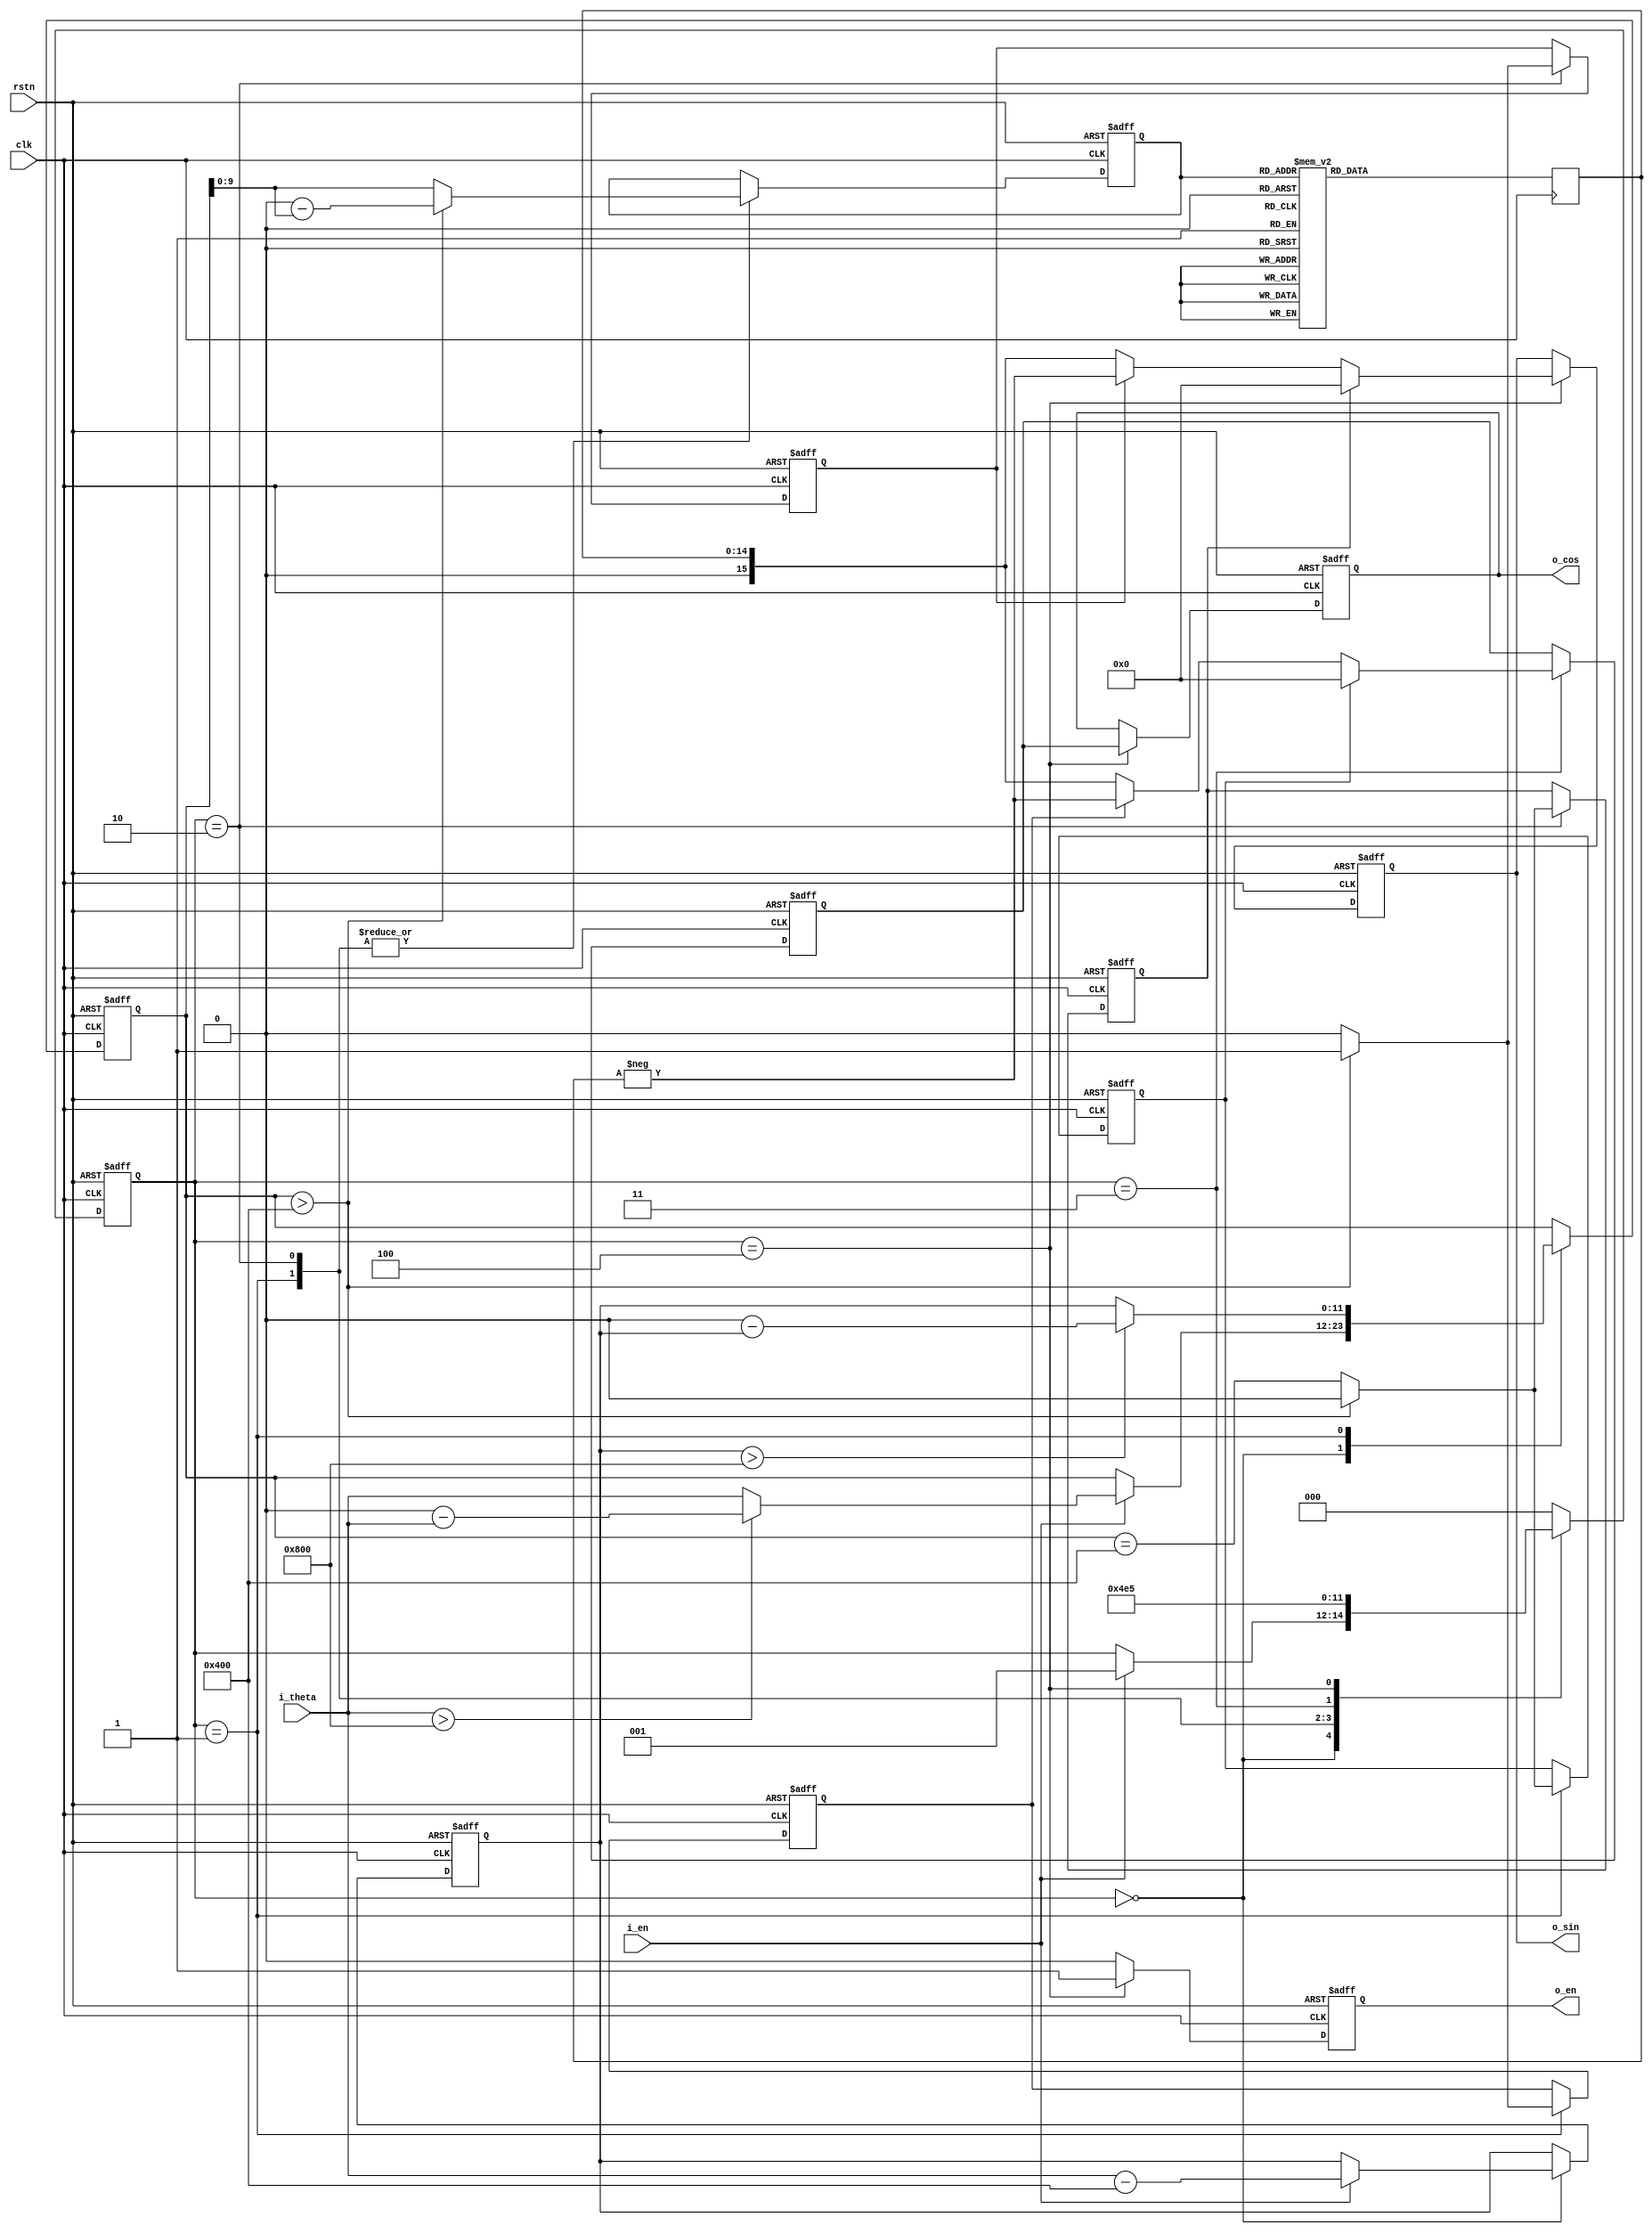
// This program was cloned from: https://github.com/WangXuan95/FPGA-FOC
// License: GNU General Public License v3.0


//--------------------------------------------------------------------------------------------------------
// sincos 
// Type    : synthesizable
// Standard: Verilog 2001 (IEEE1364-2001)
//   sin  cos
//         i_theta 0~0~4095
//         o_sin  o_cos  sin  cos -1~+1  -16384~+16384
//--------------------------------------------------------------------------------------------------------

module sincos(
    input  wire               rstn,
    input  wire               clk,
    input  wire               i_en,
    input  wire        [11:0] i_theta,      // a round is mapped to 0~4095
    output reg                o_en,
    output reg  signed [15:0] o_sin, o_cos  // -1~+1 is mapped to -16384~+16384
);


localparam [2:0] IDLE = 3'd0,
                 S1   = 3'd1,
                 S2   = 3'd2,
                 S3   = 3'd3,
                 S4   = 3'd4,
                 S5   = 3'd5;

reg [ 2:0] stat;

reg [11:0] theta_a, theta_b;
reg        cos_z, cos_s, sin_z, sin_s;
reg [ 9:0] rom_x;
reg [14:0] rom_y;
reg signed [15:0] cos_tmp;

always @ (posedge clk or negedge rstn)
    if(~rstn) begin
        stat <= IDLE;
        {theta_a, theta_b} <= 0;
        {cos_z, cos_s, sin_z, sin_s} <= 0;
        rom_x <= 0;
        cos_tmp <= 0;
        {o_en, o_sin, o_cos} <= 0;
    end else begin
        o_en <= 1'b0;
        case(stat)
            IDLE: if(i_en) begin
                stat <= S1;
                theta_a <= i_theta - 12'd1024;
                if(i_theta>12'd2048)
                    theta_b <= 12'd0 - i_theta;
                else
                    theta_b <= i_theta;
            end
            S1: begin
                stat <= S2;
                if(theta_a>12'd2048)
                    theta_b <= 12'd0 - theta_a;
                else
                    theta_b <= theta_a;
                if(theta_b>12'd1024) begin
                    rom_x <= 10'd0 - theta_b[9:0];
                    cos_z <= 1'b0;
                    cos_s <= 1'b1;
                end else begin
                    rom_x <= theta_b[9:0];
                    cos_z <= theta_b==12'd1024;
                    cos_s <= 1'b0;
                end
            end
            S2: begin
                stat <= S3;
                if(theta_b>12'd1024) begin
                    rom_x <= 10'd0 - theta_b[9:0];
                    sin_z <= 1'b0;
                    sin_s <= 1'b1;
                end else begin
                    rom_x <= theta_b[9:0];
                    sin_z <= theta_b==12'd1024;
                    sin_s <= 1'b0;
                end
            end
            S3: begin
                stat <= S4;
                if(cos_z)
                    cos_tmp <= 0;
                else if(cos_s)
                    cos_tmp <= -$signed({1'b0,rom_y});
                else
                    cos_tmp <=  $signed({1'b0,rom_y});
            end
            S4: begin
                stat <= S5;
                o_en <= 1'b1;
                o_cos <= cos_tmp;
                if(sin_z)
                    o_sin <= 0;
                else if(sin_s)
                    o_sin <= -$signed({1'b0,rom_y});
                else
                    o_sin <= $signed({1'b0,rom_y});
            end
            default: // S5:
                stat <= IDLE;
        endcase
    end

always @ (posedge clk)
case(rom_x)
10'd0:rom_y<=15'd16384;
10'd1:rom_y<=15'd16384;
10'd2:rom_y<=15'd16384;
10'd3:rom_y<=15'd16384;
10'd4:rom_y<=15'd16384;
10'd5:rom_y<=15'd16384;
10'd6:rom_y<=15'd16383;
10'd7:rom_y<=15'd16383;
10'd8:rom_y<=15'd16383;
10'd9:rom_y<=15'd16382;
10'd10:rom_y<=15'd16382;
10'd11:rom_y<=15'd16382;
10'd12:rom_y<=15'd16381;
10'd13:rom_y<=15'd16381;
10'd14:rom_y<=15'd16380;
10'd15:rom_y<=15'd16380;
10'd16:rom_y<=15'd16379;
10'd17:rom_y<=15'd16378;
10'd18:rom_y<=15'd16378;
10'd19:rom_y<=15'd16377;
10'd20:rom_y<=15'd16376;
10'd21:rom_y<=15'd16375;
10'd22:rom_y<=15'd16375;
10'd23:rom_y<=15'd16374;
10'd24:rom_y<=15'd16373;
10'd25:rom_y<=15'd16372;
10'd26:rom_y<=15'd16371;
10'd27:rom_y<=15'd16370;
10'd28:rom_y<=15'd16369;
10'd29:rom_y<=15'd16368;
10'd30:rom_y<=15'd16367;
10'd31:rom_y<=15'd16365;
10'd32:rom_y<=15'd16364;
10'd33:rom_y<=15'd16363;
10'd34:rom_y<=15'd16362;
10'd35:rom_y<=15'd16360;
10'd36:rom_y<=15'd16359;
10'd37:rom_y<=15'd16358;
10'd38:rom_y<=15'd16356;
10'd39:rom_y<=15'd16355;
10'd40:rom_y<=15'd16353;
10'd41:rom_y<=15'd16352;
10'd42:rom_y<=15'd16350;
10'd43:rom_y<=15'd16348;
10'd44:rom_y<=15'd16347;
10'd45:rom_y<=15'd16345;
10'd46:rom_y<=15'd16343;
10'd47:rom_y<=15'd16341;
10'd48:rom_y<=15'd16340;
10'd49:rom_y<=15'd16338;
10'd50:rom_y<=15'd16336;
10'd51:rom_y<=15'd16334;
10'd52:rom_y<=15'd16332;
10'd53:rom_y<=15'd16330;
10'd54:rom_y<=15'd16328;
10'd55:rom_y<=15'd16326;
10'd56:rom_y<=15'd16324;
10'd57:rom_y<=15'd16321;
10'd58:rom_y<=15'd16319;
10'd59:rom_y<=15'd16317;
10'd60:rom_y<=15'd16315;
10'd61:rom_y<=15'd16312;
10'd62:rom_y<=15'd16310;
10'd63:rom_y<=15'd16308;
10'd64:rom_y<=15'd16305;
10'd65:rom_y<=15'd16303;
10'd66:rom_y<=15'd16300;
10'd67:rom_y<=15'd16298;
10'd68:rom_y<=15'd16295;
10'd69:rom_y<=15'd16292;
10'd70:rom_y<=15'd16290;
10'd71:rom_y<=15'd16287;
10'd72:rom_y<=15'd16284;
10'd73:rom_y<=15'd16281;
10'd74:rom_y<=15'd16279;
10'd75:rom_y<=15'd16276;
10'd76:rom_y<=15'd16273;
10'd77:rom_y<=15'd16270;
10'd78:rom_y<=15'd16267;
10'd79:rom_y<=15'd16264;
10'd80:rom_y<=15'd16261;
10'd81:rom_y<=15'd16258;
10'd82:rom_y<=15'd16255;
10'd83:rom_y<=15'd16251;
10'd84:rom_y<=15'd16248;
10'd85:rom_y<=15'd16245;
10'd86:rom_y<=15'd16242;
10'd87:rom_y<=15'd16238;
10'd88:rom_y<=15'd16235;
10'd89:rom_y<=15'd16232;
10'd90:rom_y<=15'd16228;
10'd91:rom_y<=15'd16225;
10'd92:rom_y<=15'd16221;
10'd93:rom_y<=15'd16218;
10'd94:rom_y<=15'd16214;
10'd95:rom_y<=15'd16210;
10'd96:rom_y<=15'd16207;
10'd97:rom_y<=15'd16203;
10'd98:rom_y<=15'd16199;
10'd99:rom_y<=15'd16195;
10'd100:rom_y<=15'd16192;
10'd101:rom_y<=15'd16188;
10'd102:rom_y<=15'd16184;
10'd103:rom_y<=15'd16180;
10'd104:rom_y<=15'd16176;
10'd105:rom_y<=15'd16172;
10'd106:rom_y<=15'd16168;
10'd107:rom_y<=15'd16164;
10'd108:rom_y<=15'd16160;
10'd109:rom_y<=15'd16156;
10'd110:rom_y<=15'd16151;
10'd111:rom_y<=15'd16147;
10'd112:rom_y<=15'd16143;
10'd113:rom_y<=15'd16138;
10'd114:rom_y<=15'd16134;
10'd115:rom_y<=15'd16130;
10'd116:rom_y<=15'd16125;
10'd117:rom_y<=15'd16121;
10'd118:rom_y<=15'd16116;
10'd119:rom_y<=15'd16112;
10'd120:rom_y<=15'd16107;
10'd121:rom_y<=15'd16103;
10'd122:rom_y<=15'd16098;
10'd123:rom_y<=15'd16093;
10'd124:rom_y<=15'd16088;
10'd125:rom_y<=15'd16084;
10'd126:rom_y<=15'd16079;
10'd127:rom_y<=15'd16074;
10'd128:rom_y<=15'd16069;
10'd129:rom_y<=15'd16064;
10'd130:rom_y<=15'd16059;
10'd131:rom_y<=15'd16054;
10'd132:rom_y<=15'd16049;
10'd133:rom_y<=15'd16044;
10'd134:rom_y<=15'd16039;
10'd135:rom_y<=15'd16034;
10'd136:rom_y<=15'd16029;
10'd137:rom_y<=15'd16024;
10'd138:rom_y<=15'd16018;
10'd139:rom_y<=15'd16013;
10'd140:rom_y<=15'd16008;
10'd141:rom_y<=15'd16002;
10'd142:rom_y<=15'd15997;
10'd143:rom_y<=15'd15991;
10'd144:rom_y<=15'd15986;
10'd145:rom_y<=15'd15980;
10'd146:rom_y<=15'd15975;
10'd147:rom_y<=15'd15969;
10'd148:rom_y<=15'd15964;
10'd149:rom_y<=15'd15958;
10'd150:rom_y<=15'd15952;
10'd151:rom_y<=15'd15946;
10'd152:rom_y<=15'd15941;
10'd153:rom_y<=15'd15935;
10'd154:rom_y<=15'd15929;
10'd155:rom_y<=15'd15923;
10'd156:rom_y<=15'd15917;
10'd157:rom_y<=15'd15911;
10'd158:rom_y<=15'd15905;
10'd159:rom_y<=15'd15899;
10'd160:rom_y<=15'd15893;
10'd161:rom_y<=15'd15887;
10'd162:rom_y<=15'd15881;
10'd163:rom_y<=15'd15875;
10'd164:rom_y<=15'd15868;
10'd165:rom_y<=15'd15862;
10'd166:rom_y<=15'd15856;
10'd167:rom_y<=15'd15849;
10'd168:rom_y<=15'd15843;
10'd169:rom_y<=15'd15837;
10'd170:rom_y<=15'd15830;
10'd171:rom_y<=15'd15824;
10'd172:rom_y<=15'd15817;
10'd173:rom_y<=15'd15810;
10'd174:rom_y<=15'd15804;
10'd175:rom_y<=15'd15797;
10'd176:rom_y<=15'd15791;
10'd177:rom_y<=15'd15784;
10'd178:rom_y<=15'd15777;
10'd179:rom_y<=15'd15770;
10'd180:rom_y<=15'd15763;
10'd181:rom_y<=15'd15757;
10'd182:rom_y<=15'd15750;
10'd183:rom_y<=15'd15743;
10'd184:rom_y<=15'd15736;
10'd185:rom_y<=15'd15729;
10'd186:rom_y<=15'd15722;
10'd187:rom_y<=15'd15715;
10'd188:rom_y<=15'd15707;
10'd189:rom_y<=15'd15700;
10'd190:rom_y<=15'd15693;
10'd191:rom_y<=15'd15686;
10'd192:rom_y<=15'd15679;
10'd193:rom_y<=15'd15671;
10'd194:rom_y<=15'd15664;
10'd195:rom_y<=15'd15656;
10'd196:rom_y<=15'd15649;
10'd197:rom_y<=15'd15642;
10'd198:rom_y<=15'd15634;
10'd199:rom_y<=15'd15627;
10'd200:rom_y<=15'd15619;
10'd201:rom_y<=15'd15611;
10'd202:rom_y<=15'd15604;
10'd203:rom_y<=15'd15596;
10'd204:rom_y<=15'd15588;
10'd205:rom_y<=15'd15581;
10'd206:rom_y<=15'd15573;
10'd207:rom_y<=15'd15565;
10'd208:rom_y<=15'd15557;
10'd209:rom_y<=15'd15549;
10'd210:rom_y<=15'd15541;
10'd211:rom_y<=15'd15533;
10'd212:rom_y<=15'd15525;
10'd213:rom_y<=15'd15517;
10'd214:rom_y<=15'd15509;
10'd215:rom_y<=15'd15501;
10'd216:rom_y<=15'd15493;
10'd217:rom_y<=15'd15485;
10'd218:rom_y<=15'd15476;
10'd219:rom_y<=15'd15468;
10'd220:rom_y<=15'd15460;
10'd221:rom_y<=15'd15451;
10'd222:rom_y<=15'd15443;
10'd223:rom_y<=15'd15435;
10'd224:rom_y<=15'd15426;
10'd225:rom_y<=15'd15418;
10'd226:rom_y<=15'd15409;
10'd227:rom_y<=15'd15401;
10'd228:rom_y<=15'd15392;
10'd229:rom_y<=15'd15383;
10'd230:rom_y<=15'd15375;
10'd231:rom_y<=15'd15366;
10'd232:rom_y<=15'd15357;
10'd233:rom_y<=15'd15349;
10'd234:rom_y<=15'd15340;
10'd235:rom_y<=15'd15331;
10'd236:rom_y<=15'd15322;
10'd237:rom_y<=15'd15313;
10'd238:rom_y<=15'd15304;
10'd239:rom_y<=15'd15295;
10'd240:rom_y<=15'd15286;
10'd241:rom_y<=15'd15277;
10'd242:rom_y<=15'd15268;
10'd243:rom_y<=15'd15259;
10'd244:rom_y<=15'd15250;
10'd245:rom_y<=15'd15240;
10'd246:rom_y<=15'd15231;
10'd247:rom_y<=15'd15222;
10'd248:rom_y<=15'd15213;
10'd249:rom_y<=15'd15203;
10'd250:rom_y<=15'd15194;
10'd251:rom_y<=15'd15184;
10'd252:rom_y<=15'd15175;
10'd253:rom_y<=15'd15166;
10'd254:rom_y<=15'd15156;
10'd255:rom_y<=15'd15146;
10'd256:rom_y<=15'd15137;
10'd257:rom_y<=15'd15127;
10'd258:rom_y<=15'd15118;
10'd259:rom_y<=15'd15108;
10'd260:rom_y<=15'd15098;
10'd261:rom_y<=15'd15088;
10'd262:rom_y<=15'd15078;
10'd263:rom_y<=15'd15069;
10'd264:rom_y<=15'd15059;
10'd265:rom_y<=15'd15049;
10'd266:rom_y<=15'd15039;
10'd267:rom_y<=15'd15029;
10'd268:rom_y<=15'd15019;
10'd269:rom_y<=15'd15009;
10'd270:rom_y<=15'd14999;
10'd271:rom_y<=15'd14989;
10'd272:rom_y<=15'd14978;
10'd273:rom_y<=15'd14968;
10'd274:rom_y<=15'd14958;
10'd275:rom_y<=15'd14948;
10'd276:rom_y<=15'd14937;
10'd277:rom_y<=15'd14927;
10'd278:rom_y<=15'd14917;
10'd279:rom_y<=15'd14906;
10'd280:rom_y<=15'd14896;
10'd281:rom_y<=15'd14885;
10'd282:rom_y<=15'd14875;
10'd283:rom_y<=15'd14864;
10'd284:rom_y<=15'd14854;
10'd285:rom_y<=15'd14843;
10'd286:rom_y<=15'd14832;
10'd287:rom_y<=15'd14822;
10'd288:rom_y<=15'd14811;
10'd289:rom_y<=15'd14800;
10'd290:rom_y<=15'd14789;
10'd291:rom_y<=15'd14779;
10'd292:rom_y<=15'd14768;
10'd293:rom_y<=15'd14757;
10'd294:rom_y<=15'd14746;
10'd295:rom_y<=15'd14735;
10'd296:rom_y<=15'd14724;
10'd297:rom_y<=15'd14713;
10'd298:rom_y<=15'd14702;
10'd299:rom_y<=15'd14691;
10'd300:rom_y<=15'd14680;
10'd301:rom_y<=15'd14668;
10'd302:rom_y<=15'd14657;
10'd303:rom_y<=15'd14646;
10'd304:rom_y<=15'd14635;
10'd305:rom_y<=15'd14623;
10'd306:rom_y<=15'd14612;
10'd307:rom_y<=15'd14601;
10'd308:rom_y<=15'd14589;
10'd309:rom_y<=15'd14578;
10'd310:rom_y<=15'd14566;
10'd311:rom_y<=15'd14555;
10'd312:rom_y<=15'd14543;
10'd313:rom_y<=15'd14531;
10'd314:rom_y<=15'd14520;
10'd315:rom_y<=15'd14508;
10'd316:rom_y<=15'd14497;
10'd317:rom_y<=15'd14485;
10'd318:rom_y<=15'd14473;
10'd319:rom_y<=15'd14461;
10'd320:rom_y<=15'd14449;
10'd321:rom_y<=15'd14438;
10'd322:rom_y<=15'd14426;
10'd323:rom_y<=15'd14414;
10'd324:rom_y<=15'd14402;
10'd325:rom_y<=15'd14390;
10'd326:rom_y<=15'd14378;
10'd327:rom_y<=15'd14366;
10'd328:rom_y<=15'd14354;
10'd329:rom_y<=15'd14341;
10'd330:rom_y<=15'd14329;
10'd331:rom_y<=15'd14317;
10'd332:rom_y<=15'd14305;
10'd333:rom_y<=15'd14293;
10'd334:rom_y<=15'd14280;
10'd335:rom_y<=15'd14268;
10'd336:rom_y<=15'd14256;
10'd337:rom_y<=15'd14243;
10'd338:rom_y<=15'd14231;
10'd339:rom_y<=15'd14218;
10'd340:rom_y<=15'd14206;
10'd341:rom_y<=15'd14193;
10'd342:rom_y<=15'd14181;
10'd343:rom_y<=15'd14168;
10'd344:rom_y<=15'd14155;
10'd345:rom_y<=15'd14143;
10'd346:rom_y<=15'd14130;
10'd347:rom_y<=15'd14117;
10'd348:rom_y<=15'd14104;
10'd349:rom_y<=15'd14092;
10'd350:rom_y<=15'd14079;
10'd351:rom_y<=15'd14066;
10'd352:rom_y<=15'd14053;
10'd353:rom_y<=15'd14040;
10'd354:rom_y<=15'd14027;
10'd355:rom_y<=15'd14014;
10'd356:rom_y<=15'd14001;
10'd357:rom_y<=15'd13988;
10'd358:rom_y<=15'd13975;
10'd359:rom_y<=15'd13962;
10'd360:rom_y<=15'd13949;
10'd361:rom_y<=15'd13935;
10'd362:rom_y<=15'd13922;
10'd363:rom_y<=15'd13909;
10'd364:rom_y<=15'd13896;
10'd365:rom_y<=15'd13882;
10'd366:rom_y<=15'd13869;
10'd367:rom_y<=15'd13856;
10'd368:rom_y<=15'd13842;
10'd369:rom_y<=15'd13829;
10'd370:rom_y<=15'd13815;
10'd371:rom_y<=15'd13802;
10'd372:rom_y<=15'd13788;
10'd373:rom_y<=15'd13774;
10'd374:rom_y<=15'd13761;
10'd375:rom_y<=15'd13747;
10'd376:rom_y<=15'd13733;
10'd377:rom_y<=15'd13720;
10'd378:rom_y<=15'd13706;
10'd379:rom_y<=15'd13692;
10'd380:rom_y<=15'd13678;
10'd381:rom_y<=15'd13665;
10'd382:rom_y<=15'd13651;
10'd383:rom_y<=15'd13637;
10'd384:rom_y<=15'd13623;
10'd385:rom_y<=15'd13609;
10'd386:rom_y<=15'd13595;
10'd387:rom_y<=15'd13581;
10'd388:rom_y<=15'd13567;
10'd389:rom_y<=15'd13553;
10'd390:rom_y<=15'd13538;
10'd391:rom_y<=15'd13524;
10'd392:rom_y<=15'd13510;
10'd393:rom_y<=15'd13496;
10'd394:rom_y<=15'd13482;
10'd395:rom_y<=15'd13467;
10'd396:rom_y<=15'd13453;
10'd397:rom_y<=15'd13439;
10'd398:rom_y<=15'd13424;
10'd399:rom_y<=15'd13410;
10'd400:rom_y<=15'd13395;
10'd401:rom_y<=15'd13381;
10'd402:rom_y<=15'd13366;
10'd403:rom_y<=15'd13352;
10'd404:rom_y<=15'd13337;
10'd405:rom_y<=15'd13323;
10'd406:rom_y<=15'd13308;
10'd407:rom_y<=15'd13293;
10'd408:rom_y<=15'd13279;
10'd409:rom_y<=15'd13264;
10'd410:rom_y<=15'd13249;
10'd411:rom_y<=15'd13234;
10'd412:rom_y<=15'd13219;
10'd413:rom_y<=15'd13205;
10'd414:rom_y<=15'd13190;
10'd415:rom_y<=15'd13175;
10'd416:rom_y<=15'd13160;
10'd417:rom_y<=15'd13145;
10'd418:rom_y<=15'd13130;
10'd419:rom_y<=15'd13115;
10'd420:rom_y<=15'd13100;
10'd421:rom_y<=15'd13085;
10'd422:rom_y<=15'd13069;
10'd423:rom_y<=15'd13054;
10'd424:rom_y<=15'd13039;
10'd425:rom_y<=15'd13024;
10'd426:rom_y<=15'd13008;
10'd427:rom_y<=15'd12993;
10'd428:rom_y<=15'd12978;
10'd429:rom_y<=15'd12963;
10'd430:rom_y<=15'd12947;
10'd431:rom_y<=15'd12932;
10'd432:rom_y<=15'd12916;
10'd433:rom_y<=15'd12901;
10'd434:rom_y<=15'd12885;
10'd435:rom_y<=15'd12870;
10'd436:rom_y<=15'd12854;
10'd437:rom_y<=15'd12839;
10'd438:rom_y<=15'd12823;
10'd439:rom_y<=15'd12807;
10'd440:rom_y<=15'd12792;
10'd441:rom_y<=15'd12776;
10'd442:rom_y<=15'd12760;
10'd443:rom_y<=15'd12744;
10'd444:rom_y<=15'd12729;
10'd445:rom_y<=15'd12713;
10'd446:rom_y<=15'd12697;
10'd447:rom_y<=15'd12681;
10'd448:rom_y<=15'd12665;
10'd449:rom_y<=15'd12649;
10'd450:rom_y<=15'd12633;
10'd451:rom_y<=15'd12617;
10'd452:rom_y<=15'd12601;
10'd453:rom_y<=15'd12585;
10'd454:rom_y<=15'd12569;
10'd455:rom_y<=15'd12553;
10'd456:rom_y<=15'd12537;
10'd457:rom_y<=15'd12520;
10'd458:rom_y<=15'd12504;
10'd459:rom_y<=15'd12488;
10'd460:rom_y<=15'd12472;
10'd461:rom_y<=15'd12455;
10'd462:rom_y<=15'd12439;
10'd463:rom_y<=15'd12423;
10'd464:rom_y<=15'd12406;
10'd465:rom_y<=15'd12390;
10'd466:rom_y<=15'd12373;
10'd467:rom_y<=15'd12357;
10'd468:rom_y<=15'd12340;
10'd469:rom_y<=15'd12324;
10'd470:rom_y<=15'd12307;
10'd471:rom_y<=15'd12290;
10'd472:rom_y<=15'd12274;
10'd473:rom_y<=15'd12257;
10'd474:rom_y<=15'd12240;
10'd475:rom_y<=15'd12224;
10'd476:rom_y<=15'd12207;
10'd477:rom_y<=15'd12190;
10'd478:rom_y<=15'd12173;
10'd479:rom_y<=15'd12157;
10'd480:rom_y<=15'd12140;
10'd481:rom_y<=15'd12123;
10'd482:rom_y<=15'd12106;
10'd483:rom_y<=15'd12089;
10'd484:rom_y<=15'd12072;
10'd485:rom_y<=15'd12055;
10'd486:rom_y<=15'd12038;
10'd487:rom_y<=15'd12021;
10'd488:rom_y<=15'd12004;
10'd489:rom_y<=15'd11987;
10'd490:rom_y<=15'd11970;
10'd491:rom_y<=15'd11952;
10'd492:rom_y<=15'd11935;
10'd493:rom_y<=15'd11918;
10'd494:rom_y<=15'd11901;
10'd495:rom_y<=15'd11883;
10'd496:rom_y<=15'd11866;
10'd497:rom_y<=15'd11849;
10'd498:rom_y<=15'd11831;
10'd499:rom_y<=15'd11814;
10'd500:rom_y<=15'd11797;
10'd501:rom_y<=15'd11779;
10'd502:rom_y<=15'd11762;
10'd503:rom_y<=15'd11744;
10'd504:rom_y<=15'd11727;
10'd505:rom_y<=15'd11709;
10'd506:rom_y<=15'd11691;
10'd507:rom_y<=15'd11674;
10'd508:rom_y<=15'd11656;
10'd509:rom_y<=15'd11638;
10'd510:rom_y<=15'd11621;
10'd511:rom_y<=15'd11603;
10'd512:rom_y<=15'd11585;
10'd513:rom_y<=15'd11567;
10'd514:rom_y<=15'd11550;
10'd515:rom_y<=15'd11532;
10'd516:rom_y<=15'd11514;
10'd517:rom_y<=15'd11496;
10'd518:rom_y<=15'd11478;
10'd519:rom_y<=15'd11460;
10'd520:rom_y<=15'd11442;
10'd521:rom_y<=15'd11424;
10'd522:rom_y<=15'd11406;
10'd523:rom_y<=15'd11388;
10'd524:rom_y<=15'd11370;
10'd525:rom_y<=15'd11352;
10'd526:rom_y<=15'd11334;
10'd527:rom_y<=15'd11316;
10'd528:rom_y<=15'd11297;
10'd529:rom_y<=15'd11279;
10'd530:rom_y<=15'd11261;
10'd531:rom_y<=15'd11243;
10'd532:rom_y<=15'd11224;
10'd533:rom_y<=15'd11206;
10'd534:rom_y<=15'd11188;
10'd535:rom_y<=15'd11169;
10'd536:rom_y<=15'd11151;
10'd537:rom_y<=15'd11133;
10'd538:rom_y<=15'd11114;
10'd539:rom_y<=15'd11096;
10'd540:rom_y<=15'd11077;
10'd541:rom_y<=15'd11059;
10'd542:rom_y<=15'd11040;
10'd543:rom_y<=15'd11021;
10'd544:rom_y<=15'd11003;
10'd545:rom_y<=15'd10984;
10'd546:rom_y<=15'd10966;
10'd547:rom_y<=15'd10947;
10'd548:rom_y<=15'd10928;
10'd549:rom_y<=15'd10909;
10'd550:rom_y<=15'd10891;
10'd551:rom_y<=15'd10872;
10'd552:rom_y<=15'd10853;
10'd553:rom_y<=15'd10834;
10'd554:rom_y<=15'd10815;
10'd555:rom_y<=15'd10796;
10'd556:rom_y<=15'd10778;
10'd557:rom_y<=15'd10759;
10'd558:rom_y<=15'd10740;
10'd559:rom_y<=15'd10721;
10'd560:rom_y<=15'd10702;
10'd561:rom_y<=15'd10683;
10'd562:rom_y<=15'd10663;
10'd563:rom_y<=15'd10644;
10'd564:rom_y<=15'd10625;
10'd565:rom_y<=15'd10606;
10'd566:rom_y<=15'd10587;
10'd567:rom_y<=15'd10568;
10'd568:rom_y<=15'd10549;
10'd569:rom_y<=15'd10529;
10'd570:rom_y<=15'd10510;
10'd571:rom_y<=15'd10491;
10'd572:rom_y<=15'd10471;
10'd573:rom_y<=15'd10452;
10'd574:rom_y<=15'd10433;
10'd575:rom_y<=15'd10413;
10'd576:rom_y<=15'd10394;
10'd577:rom_y<=15'd10374;
10'd578:rom_y<=15'd10355;
10'd579:rom_y<=15'd10336;
10'd580:rom_y<=15'd10316;
10'd581:rom_y<=15'd10296;
10'd582:rom_y<=15'd10277;
10'd583:rom_y<=15'd10257;
10'd584:rom_y<=15'd10238;
10'd585:rom_y<=15'd10218;
10'd586:rom_y<=15'd10198;
10'd587:rom_y<=15'd10179;
10'd588:rom_y<=15'd10159;
10'd589:rom_y<=15'd10139;
10'd590:rom_y<=15'd10120;
10'd591:rom_y<=15'd10100;
10'd592:rom_y<=15'd10080;
10'd593:rom_y<=15'd10060;
10'd594:rom_y<=15'd10040;
10'd595:rom_y<=15'd10020;
10'd596:rom_y<=15'd10001;
10'd597:rom_y<=15'd9981;
10'd598:rom_y<=15'd9961;
10'd599:rom_y<=15'd9941;
10'd600:rom_y<=15'd9921;
10'd601:rom_y<=15'd9901;
10'd602:rom_y<=15'd9881;
10'd603:rom_y<=15'd9861;
10'd604:rom_y<=15'd9841;
10'd605:rom_y<=15'd9820;
10'd606:rom_y<=15'd9800;
10'd607:rom_y<=15'd9780;
10'd608:rom_y<=15'd9760;
10'd609:rom_y<=15'd9740;
10'd610:rom_y<=15'd9720;
10'd611:rom_y<=15'd9699;
10'd612:rom_y<=15'd9679;
10'd613:rom_y<=15'd9659;
10'd614:rom_y<=15'd9638;
10'd615:rom_y<=15'd9618;
10'd616:rom_y<=15'd9598;
10'd617:rom_y<=15'd9577;
10'd618:rom_y<=15'd9557;
10'd619:rom_y<=15'd9537;
10'd620:rom_y<=15'd9516;
10'd621:rom_y<=15'd9496;
10'd622:rom_y<=15'd9475;
10'd623:rom_y<=15'd9455;
10'd624:rom_y<=15'd9434;
10'd625:rom_y<=15'd9413;
10'd626:rom_y<=15'd9393;
10'd627:rom_y<=15'd9372;
10'd628:rom_y<=15'd9352;
10'd629:rom_y<=15'd9331;
10'd630:rom_y<=15'd9310;
10'd631:rom_y<=15'd9290;
10'd632:rom_y<=15'd9269;
10'd633:rom_y<=15'd9248;
10'd634:rom_y<=15'd9227;
10'd635:rom_y<=15'd9207;
10'd636:rom_y<=15'd9186;
10'd637:rom_y<=15'd9165;
10'd638:rom_y<=15'd9144;
10'd639:rom_y<=15'd9123;
10'd640:rom_y<=15'd9102;
10'd641:rom_y<=15'd9082;
10'd642:rom_y<=15'd9061;
10'd643:rom_y<=15'd9040;
10'd644:rom_y<=15'd9019;
10'd645:rom_y<=15'd8998;
10'd646:rom_y<=15'd8977;
10'd647:rom_y<=15'd8956;
10'd648:rom_y<=15'd8935;
10'd649:rom_y<=15'd8914;
10'd650:rom_y<=15'd8892;
10'd651:rom_y<=15'd8871;
10'd652:rom_y<=15'd8850;
10'd653:rom_y<=15'd8829;
10'd654:rom_y<=15'd8808;
10'd655:rom_y<=15'd8787;
10'd656:rom_y<=15'd8765;
10'd657:rom_y<=15'd8744;
10'd658:rom_y<=15'd8723;
10'd659:rom_y<=15'd8702;
10'd660:rom_y<=15'd8680;
10'd661:rom_y<=15'd8659;
10'd662:rom_y<=15'd8638;
10'd663:rom_y<=15'd8616;
10'd664:rom_y<=15'd8595;
10'd665:rom_y<=15'd8573;
10'd666:rom_y<=15'd8552;
10'd667:rom_y<=15'd8531;
10'd668:rom_y<=15'd8509;
10'd669:rom_y<=15'd8488;
10'd670:rom_y<=15'd8466;
10'd671:rom_y<=15'd8445;
10'd672:rom_y<=15'd8423;
10'd673:rom_y<=15'd8401;
10'd674:rom_y<=15'd8380;
10'd675:rom_y<=15'd8358;
10'd676:rom_y<=15'd8337;
10'd677:rom_y<=15'd8315;
10'd678:rom_y<=15'd8293;
10'd679:rom_y<=15'd8272;
10'd680:rom_y<=15'd8250;
10'd681:rom_y<=15'd8228;
10'd682:rom_y<=15'd8207;
10'd683:rom_y<=15'd8185;
10'd684:rom_y<=15'd8163;
10'd685:rom_y<=15'd8141;
10'd686:rom_y<=15'd8119;
10'd687:rom_y<=15'd8098;
10'd688:rom_y<=15'd8076;
10'd689:rom_y<=15'd8054;
10'd690:rom_y<=15'd8032;
10'd691:rom_y<=15'd8010;
10'd692:rom_y<=15'd7988;
10'd693:rom_y<=15'd7966;
10'd694:rom_y<=15'd7944;
10'd695:rom_y<=15'd7922;
10'd696:rom_y<=15'd7900;
10'd697:rom_y<=15'd7878;
10'd698:rom_y<=15'd7856;
10'd699:rom_y<=15'd7834;
10'd700:rom_y<=15'd7812;
10'd701:rom_y<=15'd7790;
10'd702:rom_y<=15'd7768;
10'd703:rom_y<=15'd7746;
10'd704:rom_y<=15'd7723;
10'd705:rom_y<=15'd7701;
10'd706:rom_y<=15'd7679;
10'd707:rom_y<=15'd7657;
10'd708:rom_y<=15'd7635;
10'd709:rom_y<=15'd7612;
10'd710:rom_y<=15'd7590;
10'd711:rom_y<=15'd7568;
10'd712:rom_y<=15'd7545;
10'd713:rom_y<=15'd7523;
10'd714:rom_y<=15'd7501;
10'd715:rom_y<=15'd7478;
10'd716:rom_y<=15'd7456;
10'd717:rom_y<=15'd7434;
10'd718:rom_y<=15'd7411;
10'd719:rom_y<=15'd7389;
10'd720:rom_y<=15'd7366;
10'd721:rom_y<=15'd7344;
10'd722:rom_y<=15'd7321;
10'd723:rom_y<=15'd7299;
10'd724:rom_y<=15'd7276;
10'd725:rom_y<=15'd7254;
10'd726:rom_y<=15'd7231;
10'd727:rom_y<=15'd7209;
10'd728:rom_y<=15'd7186;
10'd729:rom_y<=15'd7164;
10'd730:rom_y<=15'd7141;
10'd731:rom_y<=15'd7118;
10'd732:rom_y<=15'd7096;
10'd733:rom_y<=15'd7073;
10'd734:rom_y<=15'd7050;
10'd735:rom_y<=15'd7028;
10'd736:rom_y<=15'd7005;
10'd737:rom_y<=15'd6982;
10'd738:rom_y<=15'd6960;
10'd739:rom_y<=15'd6937;
10'd740:rom_y<=15'd6914;
10'd741:rom_y<=15'd6891;
10'd742:rom_y<=15'd6868;
10'd743:rom_y<=15'd6846;
10'd744:rom_y<=15'd6823;
10'd745:rom_y<=15'd6800;
10'd746:rom_y<=15'd6777;
10'd747:rom_y<=15'd6754;
10'd748:rom_y<=15'd6731;
10'd749:rom_y<=15'd6708;
10'd750:rom_y<=15'd6685;
10'd751:rom_y<=15'd6662;
10'd752:rom_y<=15'd6639;
10'd753:rom_y<=15'd6616;
10'd754:rom_y<=15'd6593;
10'd755:rom_y<=15'd6570;
10'd756:rom_y<=15'd6547;
10'd757:rom_y<=15'd6524;
10'd758:rom_y<=15'd6501;
10'd759:rom_y<=15'd6478;
10'd760:rom_y<=15'd6455;
10'd761:rom_y<=15'd6432;
10'd762:rom_y<=15'd6409;
10'd763:rom_y<=15'd6386;
10'd764:rom_y<=15'd6363;
10'd765:rom_y<=15'd6339;
10'd766:rom_y<=15'd6316;
10'd767:rom_y<=15'd6293;
10'd768:rom_y<=15'd6270;
10'd769:rom_y<=15'd6247;
10'd770:rom_y<=15'd6223;
10'd771:rom_y<=15'd6200;
10'd772:rom_y<=15'd6177;
10'd773:rom_y<=15'd6154;
10'd774:rom_y<=15'd6130;
10'd775:rom_y<=15'd6107;
10'd776:rom_y<=15'd6084;
10'd777:rom_y<=15'd6060;
10'd778:rom_y<=15'd6037;
10'd779:rom_y<=15'd6014;
10'd780:rom_y<=15'd5990;
10'd781:rom_y<=15'd5967;
10'd782:rom_y<=15'd5943;
10'd783:rom_y<=15'd5920;
10'd784:rom_y<=15'd5897;
10'd785:rom_y<=15'd5873;
10'd786:rom_y<=15'd5850;
10'd787:rom_y<=15'd5826;
10'd788:rom_y<=15'd5803;
10'd789:rom_y<=15'd5779;
10'd790:rom_y<=15'd5756;
10'd791:rom_y<=15'd5732;
10'd792:rom_y<=15'd5708;
10'd793:rom_y<=15'd5685;
10'd794:rom_y<=15'd5661;
10'd795:rom_y<=15'd5638;
10'd796:rom_y<=15'd5614;
10'd797:rom_y<=15'd5591;
10'd798:rom_y<=15'd5567;
10'd799:rom_y<=15'd5543;
10'd800:rom_y<=15'd5520;
10'd801:rom_y<=15'd5496;
10'd802:rom_y<=15'd5472;
10'd803:rom_y<=15'd5449;
10'd804:rom_y<=15'd5425;
10'd805:rom_y<=15'd5401;
10'd806:rom_y<=15'd5377;
10'd807:rom_y<=15'd5354;
10'd808:rom_y<=15'd5330;
10'd809:rom_y<=15'd5306;
10'd810:rom_y<=15'd5282;
10'd811:rom_y<=15'd5259;
10'd812:rom_y<=15'd5235;
10'd813:rom_y<=15'd5211;
10'd814:rom_y<=15'd5187;
10'd815:rom_y<=15'd5163;
10'd816:rom_y<=15'd5139;
10'd817:rom_y<=15'd5115;
10'd818:rom_y<=15'd5092;
10'd819:rom_y<=15'd5068;
10'd820:rom_y<=15'd5044;
10'd821:rom_y<=15'd5020;
10'd822:rom_y<=15'd4996;
10'd823:rom_y<=15'd4972;
10'd824:rom_y<=15'd4948;
10'd825:rom_y<=15'd4924;
10'd826:rom_y<=15'd4900;
10'd827:rom_y<=15'd4876;
10'd828:rom_y<=15'd4852;
10'd829:rom_y<=15'd4828;
10'd830:rom_y<=15'd4804;
10'd831:rom_y<=15'd4780;
10'd832:rom_y<=15'd4756;
10'd833:rom_y<=15'd4732;
10'd834:rom_y<=15'd4708;
10'd835:rom_y<=15'd4684;
10'd836:rom_y<=15'd4660;
10'd837:rom_y<=15'd4636;
10'd838:rom_y<=15'd4612;
10'd839:rom_y<=15'd4587;
10'd840:rom_y<=15'd4563;
10'd841:rom_y<=15'd4539;
10'd842:rom_y<=15'd4515;
10'd843:rom_y<=15'd4491;
10'd844:rom_y<=15'd4467;
10'd845:rom_y<=15'd4442;
10'd846:rom_y<=15'd4418;
10'd847:rom_y<=15'd4394;
10'd848:rom_y<=15'd4370;
10'd849:rom_y<=15'd4346;
10'd850:rom_y<=15'd4321;
10'd851:rom_y<=15'd4297;
10'd852:rom_y<=15'd4273;
10'd853:rom_y<=15'd4249;
10'd854:rom_y<=15'd4224;
10'd855:rom_y<=15'd4200;
10'd856:rom_y<=15'd4176;
10'd857:rom_y<=15'd4151;
10'd858:rom_y<=15'd4127;
10'd859:rom_y<=15'd4103;
10'd860:rom_y<=15'd4078;
10'd861:rom_y<=15'd4054;
10'd862:rom_y<=15'd4030;
10'd863:rom_y<=15'd4005;
10'd864:rom_y<=15'd3981;
10'd865:rom_y<=15'd3957;
10'd866:rom_y<=15'd3932;
10'd867:rom_y<=15'd3908;
10'd868:rom_y<=15'd3883;
10'd869:rom_y<=15'd3859;
10'd870:rom_y<=15'd3835;
10'd871:rom_y<=15'd3810;
10'd872:rom_y<=15'd3786;
10'd873:rom_y<=15'd3761;
10'd874:rom_y<=15'd3737;
10'd875:rom_y<=15'd3712;
10'd876:rom_y<=15'd3688;
10'd877:rom_y<=15'd3663;
10'd878:rom_y<=15'd3639;
10'd879:rom_y<=15'd3614;
10'd880:rom_y<=15'd3590;
10'd881:rom_y<=15'd3565;
10'd882:rom_y<=15'd3541;
10'd883:rom_y<=15'd3516;
10'd884:rom_y<=15'd3492;
10'd885:rom_y<=15'd3467;
10'd886:rom_y<=15'd3442;
10'd887:rom_y<=15'd3418;
10'd888:rom_y<=15'd3393;
10'd889:rom_y<=15'd3369;
10'd890:rom_y<=15'd3344;
10'd891:rom_y<=15'd3320;
10'd892:rom_y<=15'd3295;
10'd893:rom_y<=15'd3270;
10'd894:rom_y<=15'd3246;
10'd895:rom_y<=15'd3221;
10'd896:rom_y<=15'd3196;
10'd897:rom_y<=15'd3172;
10'd898:rom_y<=15'd3147;
10'd899:rom_y<=15'd3122;
10'd900:rom_y<=15'd3098;
10'd901:rom_y<=15'd3073;
10'd902:rom_y<=15'd3048;
10'd903:rom_y<=15'd3024;
10'd904:rom_y<=15'd2999;
10'd905:rom_y<=15'd2974;
10'd906:rom_y<=15'd2949;
10'd907:rom_y<=15'd2925;
10'd908:rom_y<=15'd2900;
10'd909:rom_y<=15'd2875;
10'd910:rom_y<=15'd2851;
10'd911:rom_y<=15'd2826;
10'd912:rom_y<=15'd2801;
10'd913:rom_y<=15'd2776;
10'd914:rom_y<=15'd2752;
10'd915:rom_y<=15'd2727;
10'd916:rom_y<=15'd2702;
10'd917:rom_y<=15'd2677;
10'd918:rom_y<=15'd2652;
10'd919:rom_y<=15'd2628;
10'd920:rom_y<=15'd2603;
10'd921:rom_y<=15'd2578;
10'd922:rom_y<=15'd2553;
10'd923:rom_y<=15'd2528;
10'd924:rom_y<=15'd2503;
10'd925:rom_y<=15'd2479;
10'd926:rom_y<=15'd2454;
10'd927:rom_y<=15'd2429;
10'd928:rom_y<=15'd2404;
10'd929:rom_y<=15'd2379;
10'd930:rom_y<=15'd2354;
10'd931:rom_y<=15'd2329;
10'd932:rom_y<=15'd2305;
10'd933:rom_y<=15'd2280;
10'd934:rom_y<=15'd2255;
10'd935:rom_y<=15'd2230;
10'd936:rom_y<=15'd2205;
10'd937:rom_y<=15'd2180;
10'd938:rom_y<=15'd2155;
10'd939:rom_y<=15'd2130;
10'd940:rom_y<=15'd2105;
10'd941:rom_y<=15'd2080;
10'd942:rom_y<=15'd2055;
10'd943:rom_y<=15'd2031;
10'd944:rom_y<=15'd2006;
10'd945:rom_y<=15'd1981;
10'd946:rom_y<=15'd1956;
10'd947:rom_y<=15'd1931;
10'd948:rom_y<=15'd1906;
10'd949:rom_y<=15'd1881;
10'd950:rom_y<=15'd1856;
10'd951:rom_y<=15'd1831;
10'd952:rom_y<=15'd1806;
10'd953:rom_y<=15'd1781;
10'd954:rom_y<=15'd1756;
10'd955:rom_y<=15'd1731;
10'd956:rom_y<=15'd1706;
10'd957:rom_y<=15'd1681;
10'd958:rom_y<=15'd1656;
10'd959:rom_y<=15'd1631;
10'd960:rom_y<=15'd1606;
10'd961:rom_y<=15'd1581;
10'd962:rom_y<=15'd1556;
10'd963:rom_y<=15'd1531;
10'd964:rom_y<=15'd1506;
10'd965:rom_y<=15'd1481;
10'd966:rom_y<=15'd1456;
10'd967:rom_y<=15'd1431;
10'd968:rom_y<=15'd1406;
10'd969:rom_y<=15'd1381;
10'd970:rom_y<=15'd1356;
10'd971:rom_y<=15'd1331;
10'd972:rom_y<=15'd1306;
10'd973:rom_y<=15'd1280;
10'd974:rom_y<=15'd1255;
10'd975:rom_y<=15'd1230;
10'd976:rom_y<=15'd1205;
10'd977:rom_y<=15'd1180;
10'd978:rom_y<=15'd1155;
10'd979:rom_y<=15'd1130;
10'd980:rom_y<=15'd1105;
10'd981:rom_y<=15'd1080;
10'd982:rom_y<=15'd1055;
10'd983:rom_y<=15'd1030;
10'd984:rom_y<=15'd1005;
10'd985:rom_y<=15'd980;
10'd986:rom_y<=15'd955;
10'd987:rom_y<=15'd929;
10'd988:rom_y<=15'd904;
10'd989:rom_y<=15'd879;
10'd990:rom_y<=15'd854;
10'd991:rom_y<=15'd829;
10'd992:rom_y<=15'd804;
10'd993:rom_y<=15'd779;
10'd994:rom_y<=15'd754;
10'd995:rom_y<=15'd729;
10'd996:rom_y<=15'd704;
10'd997:rom_y<=15'd678;
10'd998:rom_y<=15'd653;
10'd999:rom_y<=15'd628;
10'd1000:rom_y<=15'd603;
10'd1001:rom_y<=15'd578;
10'd1002:rom_y<=15'd553;
10'd1003:rom_y<=15'd528;
10'd1004:rom_y<=15'd503;
10'd1005:rom_y<=15'd477;
10'd1006:rom_y<=15'd452;
10'd1007:rom_y<=15'd427;
10'd1008:rom_y<=15'd402;
10'd1009:rom_y<=15'd377;
10'd1010:rom_y<=15'd352;
10'd1011:rom_y<=15'd327;
10'd1012:rom_y<=15'd302;
10'd1013:rom_y<=15'd276;
10'd1014:rom_y<=15'd251;
10'd1015:rom_y<=15'd226;
10'd1016:rom_y<=15'd201;
10'd1017:rom_y<=15'd176;
10'd1018:rom_y<=15'd151;
10'd1019:rom_y<=15'd126;
10'd1020:rom_y<=15'd101;
10'd1021:rom_y<=15'd75;
10'd1022:rom_y<=15'd50;
10'd1023:rom_y<=15'd25;
endcase
endmodule